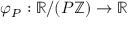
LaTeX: \varphi _ { P } : \mathbb { R } / ( P \mathbb { Z } ) \to \mathbb { R }